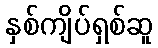
နှစ်ကျိပ်ရှစ်ဆူ